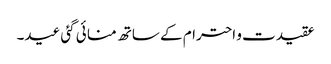
عقیدت و احترام کے ساتھ منا ئی گئی عید۔